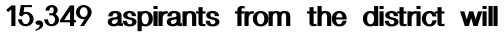
15,349 aspirants from the district will